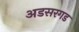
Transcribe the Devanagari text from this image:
अडसरगड